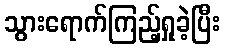
သွားရောက်ကြည့်ရှုခဲ့ပြီး